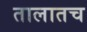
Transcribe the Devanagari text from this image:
तालातच